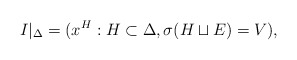
\begin{align*}I|_\Delta = (x^H : H \subset \Delta, \sigma(H \sqcup E) = V),\end{align*}